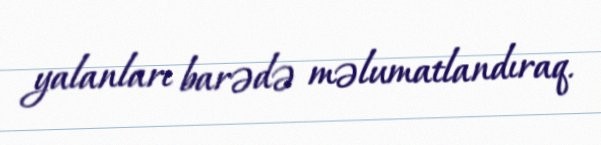
yalanları barədə məlumatlandıraq.